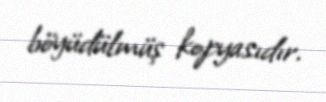
böyüdülmüş kopyasıdır.